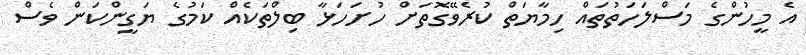
އެ މީހުންގެ މަސްލަހަތުތައް ހިމާޔަތް ކުރެވޭގޮތަށް ހުށަހަޅާ ބިލްތަކެއް ކަމުގެ ޔަގީންކަން ވެސް